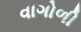
વાગોળી